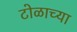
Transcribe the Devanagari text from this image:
टोळाच्या